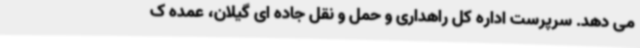
می دهد. سرپرست اداره کل راهداری و حمل و نقل جاده ای گیلان، عمده ک